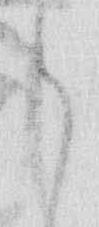
ハ